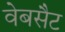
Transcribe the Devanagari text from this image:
वेबसैट